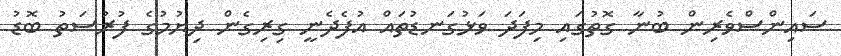
ސައިންސްވެރިން ބުނާ ގޮތުގައި މިފަދަ ވަޅުގަނޑުތައް އުފެދެނީ ގިރިގެން ދިޔުމުގެ ފުރުސަތު ބޮޑު